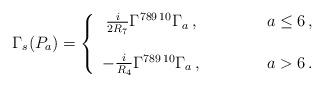
LaTeX: \begin{align*}\Gamma_{s}(P_{a}) =\left\{ \begin{array}{ccc}\frac{i}{2R_{7}}\Gamma^{789\, 10}\Gamma_{a}\, ,& \hspace{1cm} & a\leq 6\, ,\\& & \\-\frac{i}{R_{4}}\Gamma^{789\, 10}\Gamma_{a}\, ,& \hspace{1cm} & a> 6\, .\\ \end{array}\right.\end{align*}